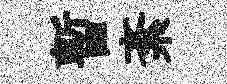
暫紊